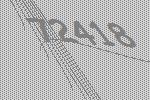
72418